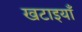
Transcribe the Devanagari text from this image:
खटाइयाँ